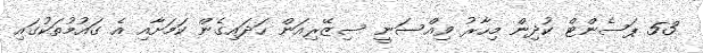
53 ޕަސެންޓް ކުދިން މިހާރު ވިއްސަނީ ސިޒޭރިއަން ހަދައިގެން ކަމަށާއި އެ ގައުމުތަކުގައި